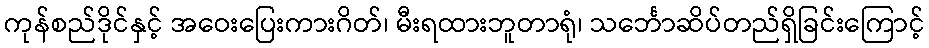
ကုန်စည်ဒိုင်နှင့် အဝေးပြေးကားဂိတ်၊ မီးရထားဘူတာရုံ၊ သင်္ဘောဆိပ်တည်ရှိခြင်းကြောင့်